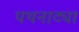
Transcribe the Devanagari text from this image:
पथनाट्या